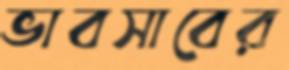
ভাবসাবের